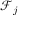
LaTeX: { \mathcal { F } } _ { j }